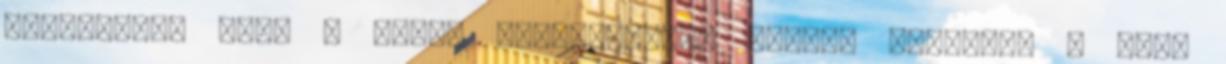
látogatása után - város elöljárósága rendbe hozatta, s szép